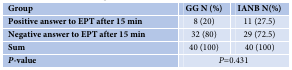
<table><thead><tr><td><b>Group</b></td><td><b>GG N (%)</b></td><td><b>IANB N(%)</b></td></tr></thead><tbody><tr><td><b>Positive answer to EPT after 15 min </b></td><td>8 (20)</td><td>11 (27.5)</td></tr><tr><td><b>Negative answer to EPT after 15 min</b></td><td>32 (80)</td><td>29 (72.5)</td></tr><tr><td><b>Sum</b></td><td>40 (100)</td><td>40 (100)</td></tr><tr><td><b><i>P</i></b><b>-value</b></td><td colspan="2"><i>P</i>=0.431</td></tr></tbody></table>